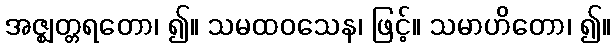
အဇ္ဈတ္တရတော၊ ၍။ သမထဝသေန၊ ဖြင့်။ သမာဟိတော၊ ၍။